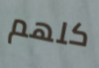
كلهم